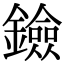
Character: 鐱